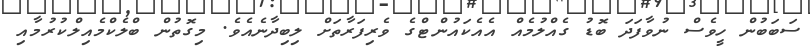
ސަބަބުން ހީވެސް ނުވާފަދަ ބޮޑު ގެއްލުމެއް އެއެކައުންޓްގެ ވެރިފަރާތަށް ލިބިދާނެއެވެ. މިގޮތުން ބްލެކްމެއިލްކުރުމާއި